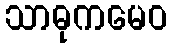
သာဓုကမေဝ